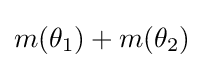
m(\theta _{1})+m(\theta _{2})